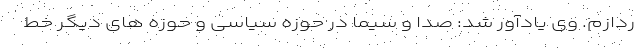
ردازم. وی یادآور شد: صدا و سیما در حوزه سیاسی و حوزه های دیگر خط